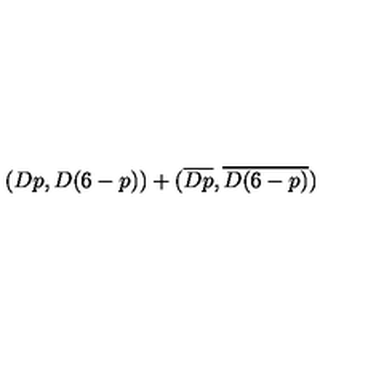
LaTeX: ( D p , D ( 6 - p ) ) + ( \overline { { D p } } , \overline { { D ( 6 - p ) } } )